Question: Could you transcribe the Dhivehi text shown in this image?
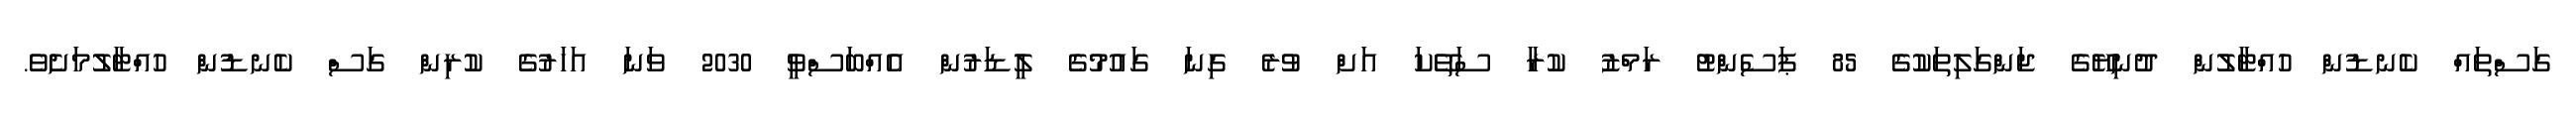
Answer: ގަސްތައް ކެނޑުން ހުއްޓާލުން ދުނިޔޭގެ ޖަންގަލިތަކުގެ 85 ޕަސެންޓު ރަމްޒު ކުރާ ސަތޭކަ އަށް ވުރެ ގިނަ ގައުމުގެ ލީޑަރުން އެއްބަސްވީ 2030 ވަނަ އަހަރުގެ ކުރިން ގަސް ކެނޑުން ހުއްޓާލުމަށެވެ.